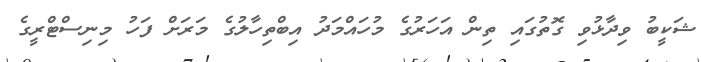
ޝަކީބު ވިދާޅުވި ގޮތުގައި ތިން އަހަރުގެ މުހައްމަދު އިބްތިހާލުގެ މަރަށް ފަހު މިނިސްޓްރީގެ